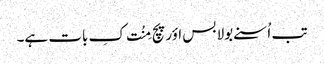
تب اُسنے بولا بس اؤر پچ مِنُت کِ بات ہے۔